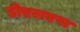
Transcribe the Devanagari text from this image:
डीएलएस